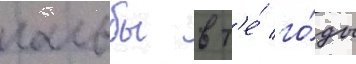
гальбы в т'е́ го́ды